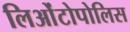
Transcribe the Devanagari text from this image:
लिओंटोपोलिस